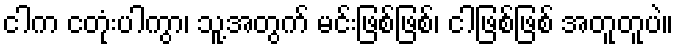
ငါက ငတုံးပါကွာ၊ သူ့အတွက် မင်းဖြစ်ဖြစ်၊ ငါဖြစ်ဖြစ် အတူတူပဲ။